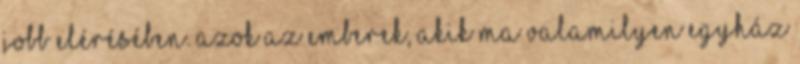
jobb elérésében. Azok az emberek, akik ma valamilyen egyház